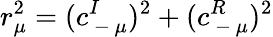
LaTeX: r_{\mu}^{2}=(c_{\mathrm{~-~}\mu}^{I})^{2}+(c_{\mathrm{~-~}\mu}^{R})^{2}